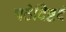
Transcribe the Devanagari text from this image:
पठेदिष्टदं